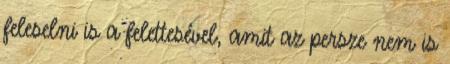
feleselni is a felettesével, amit az persze nem is